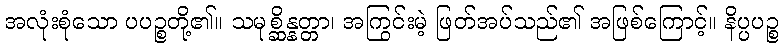
အလုံးစုံသော ပပဉ္စတို့၏။ သမုစ္ဆိန္နတ္တာ၊ အကြွင်းမဲ့ ဖြတ်အပ်သည်၏ အဖြစ်ကြောင့်။ နိပ္ပပဉ္စ